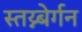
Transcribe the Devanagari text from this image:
स्तय्न्बेर्गन